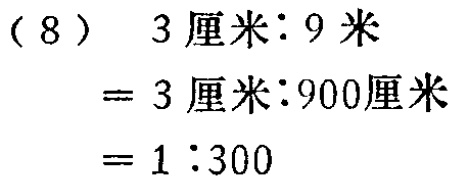
\begin{align*}

&(8)\quad 3\text{厘米}:9\text{米}\\

&= 3\text{厘米}:900\text{厘米}\\

&= 3\text{厘米}:900\text{厘米}\\

&= 1:300

\end{align*}